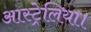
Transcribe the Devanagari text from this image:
आस्ट्रेलिया।